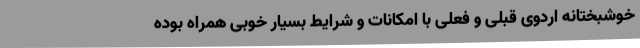
خوشبختانه اردوی قبلی و فعلی با امکانات و شرایط بسیار خوبی همراه بوده